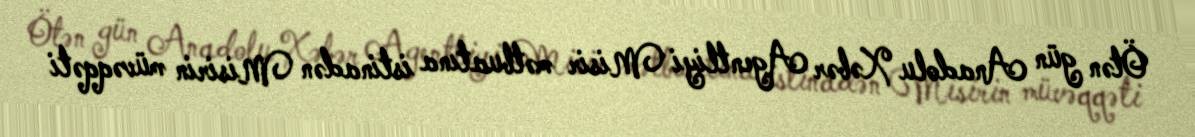
Ötən gün Anadolu Xəbər Agentliyi Misir mətbuatına istinadən Misirin müvəqqəti